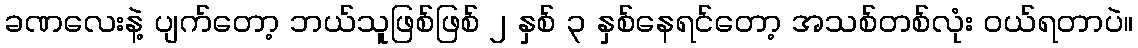
ခဏလေးနဲ့ ပျက်တော့ ဘယ်သူဖြစ်ဖြစ် ၂ နှစ် ၃ နှစ်နေရင်တော့ အသစ်တစ်လုံး ဝယ်ရတာပဲ။